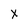
Character: X